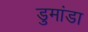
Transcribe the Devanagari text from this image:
डुमांडा